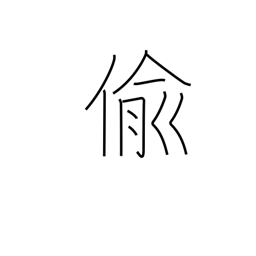
Meaning: steal